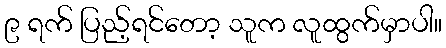
၉ ရက် ပြည့်ရင်တော့ သူက လူထွက်မှာပါ။